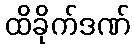
ထိခိုက်ဒဏ်